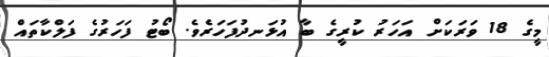
މީގެ 18 ވަރަަކަށް އަހަރު ކުރީގެ ބާ އުޅަނދުފަހަރެވެ. ބޯޓު ފަަހަރުގެ ފަލްކާތައް